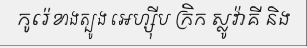
កូរ៉េខាងត្បូង អេហ្ស៊ីប ក្រិក ស្លូវ៉ាគី និង